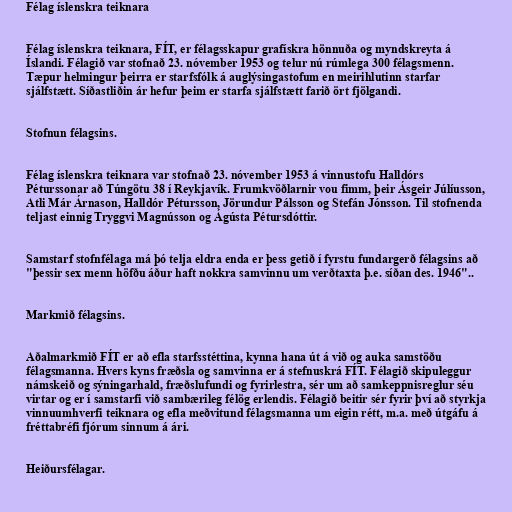
Félag íslenskra teiknara

Félag íslenskra teiknara, FÍT, er félagsskapur grafískra hönnuða og myndskreyta á
Íslandi. Félagið var stofnað 23. nóvember 1953 og telur nú rúmlega 300 félagsmenn.
Tæpur helmingur þeirra er starfsfólk á auglýsingastofum en meirihlutinn starfar
sjálfstætt. Síðastliðin ár hefur þeim er starfa sjálfstætt farið ört fjölgandi.

Stofnun félagsins.

Félag íslenskra teiknara var stofnað 23. nóvember 1953 á vinnustofu Halldórs
Péturssonar að Túngötu 38 í Reykjavík. Frumkvöðlarnir vou fimm, þeir Ásgeir Júlíusson,
Atli Már Árnason, Halldór Pétursson, Jörundur Pálsson og Stefán Jónsson. Til stofnenda
teljast einnig Tryggvi Magnússon og Ágústa Pétursdóttir.

Samstarf stofnfélaga má þó telja eldra enda er þess getið í fyrstu fundargerð félagsins að
"þessir sex menn höfðu áður haft nokkra samvinnu um verðtaxta þ.e. síðan des. 1946"..

Markmið félagsins.

Aðalmarkmið FÍT er að efla starfsstéttina, kynna hana út á við og auka samstöðu
félagsmanna. Hvers kyns fræðsla og samvinna er á stefnuskrá FÍT. Félagið skipuleggur
námskeið og sýningarhald, fræðslufundi og fyrirlestra, sér um að samkeppnisreglur séu
virtar og er í samstarfi við sambærileg félög erlendis. Félagið beitir sér fyrir því að styrkja
vinnuumhverfi teiknara og efla meðvitund félagsmanna um eigin rétt, m.a. með útgáfu á
fréttabréfi fjórum sinnum á ári.

Heiðursfélagar.